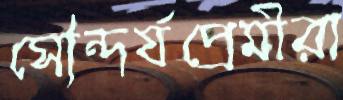
সৌন্দর্যপ্রেমীরা